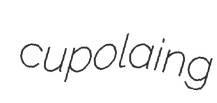
cupolaing